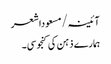
آئینہ/مسعوداشعر
ہمارے ذہن کی کنجوسی۔